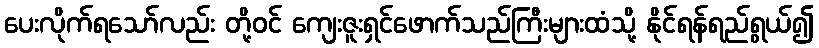
ပေးလိုက်ရသော်လည်း တို့ဝင် ကျေးဇူးရှင်ဖောက်သည်ကြီးများထံသို့ နိုင်ရန်ရည်ရွယ်၍